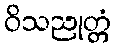
ဝိသညုတ္တံ